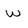
Character: W